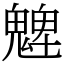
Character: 䰦